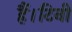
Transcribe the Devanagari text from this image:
हैं।टिनी